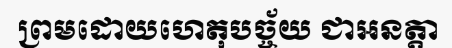
ព្រមដោយហេតុបច្ច័យ ជាអនត្តា